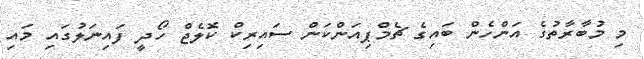
މި މުބާރާތުގެ އަންހެން ބައިގެ ޗެމްޕިއަންކަން ސައިރިކް ކޮލެޖް ހޯދީ ފައިނަލުގައި މައި